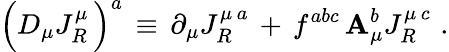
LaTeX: \Big(D_{\mu}J_{R}^{\mu}\, \Big)^{a}\, \equiv\, \partial_{\mu}J_{R}^{\mu\, a}\, +\, f^{abc}\, \mathbf{A}_{\mu}^{b}J_{R}^{\mu\, c}\, \, .